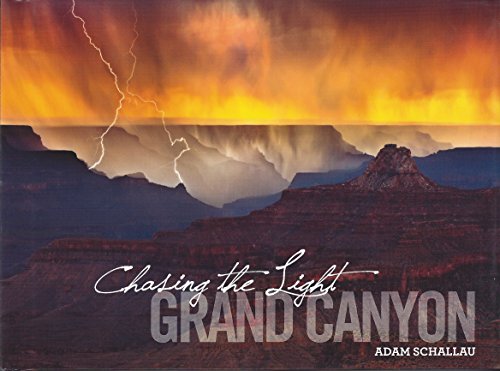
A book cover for Chasing the Light Grand Canyon by Adam Schallau; Adam Schallau Photographer; Travel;